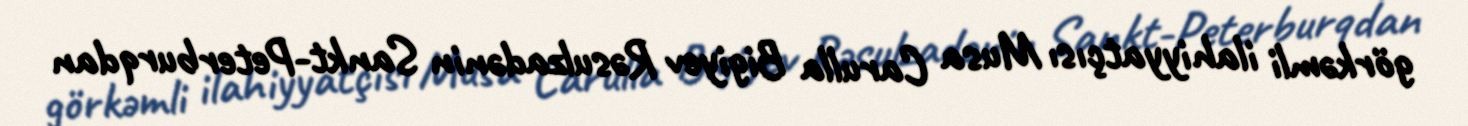
görkəmli ilahiyyatçısı Musa Carulla Bigiyev Rəsulzadənin Sankt-Peterburqdan